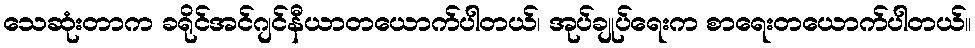
သေဆုံးတာက ခရိုင်အင်ဂျင်နီယာတယောက်ပါတယ်၊ အုပ်ချုပ်ရေးက စာရေးတယောက်ပါတယ်။